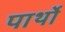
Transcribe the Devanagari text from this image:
पार्थो